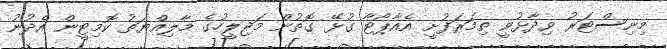
މިނިސްޓަރު ވިދާޅުވީ ތިމަރަފުށީ އެއާޕޯޓާ ގުޅޭ ގޮތުން މަޖިލީހުގެ މާލިއްޔަތު ކޮމިޓީން އެދުނު